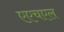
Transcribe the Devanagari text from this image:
एएचएल